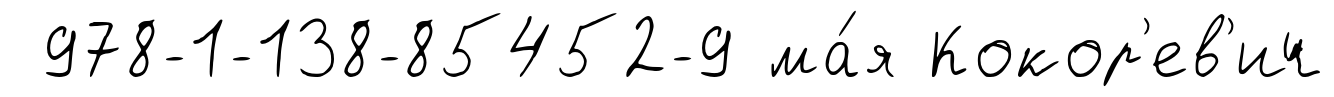
978-1-138-85452-9 ма́я Кокор'ев'ич